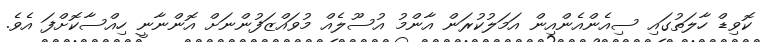
ކޮވިޑް ހާލަތުގައި ސިއެންއެންއިން އަމަލުކުރަން އާންމު އުސޫލެއް މުވައްޒަފުންނަށް އޮންނާނީ ހިއްސާކޮށްފަ އެވެ.